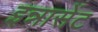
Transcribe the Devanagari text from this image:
इन्नासेंट